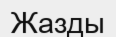
Жазды